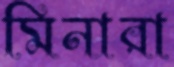
মিনারা